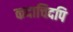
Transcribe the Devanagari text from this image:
कदाचिदपि